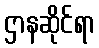
ဌာနဆိုင်ရာ